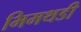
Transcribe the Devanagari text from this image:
भिमथडी